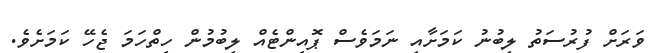
ވަރަށް ފުރުސަތު ލިބުނު ކަމަށާއި ނަމަވެސް ޕޮއިންޓެއް ލިބުމުން ހިތްހަމަ ޖެހޭ ކަމަށެވެ.